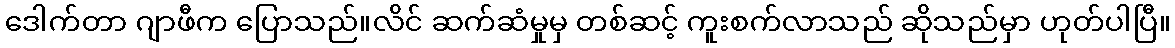
ဒေါက်တာ ဂျာဖီက ပြောသည်။လိင် ဆက်ဆံမှုမှ တစ်ဆင့် ကူးစက်လာသည် ဆိုသည်မှာ ဟုတ်ပါပြီ။